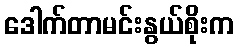
ဒေါက်တာမင်းနွယ်စိုးက